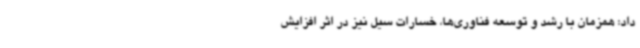
داد: همزمان با رشد و توسعه فناوری‌ها، خسارات سیل نیز در اثر افزایش